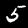
Label: 5